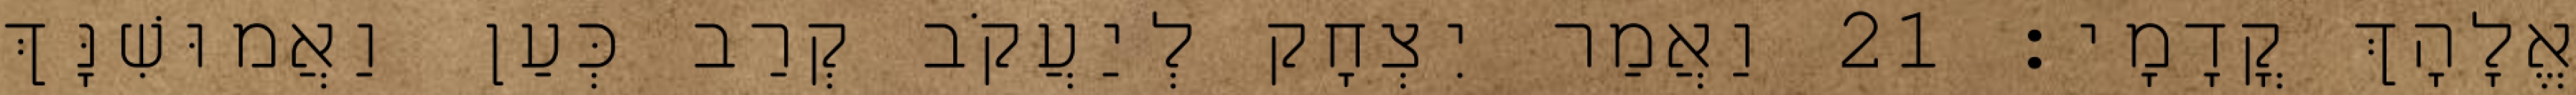
אֱלָהָךְ קֳדָמָי׃ 21 וַאֲמַר יִצְחָק לְיַעֲקֹב קְרַב כְּעַן וַאֲמוּשִׁנָּךְ